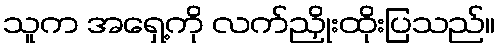
သူက အရှေ့ကို လက်ညှိုးထိုးပြသည်။